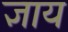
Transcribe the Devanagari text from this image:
ज्ञाय